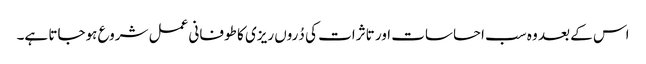
اس کے بعد وہ سب احساسات اور تاثرات کی دُروں ریزی کا طوفانی عمل شروع ہوجاتا ہے۔